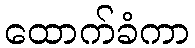
ထောက်ခံကာ